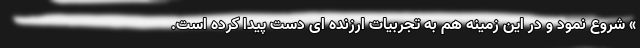
» شروع نمود و در این زمینه هم به تجربیات ارزنده ای دست پیدا کرده است.